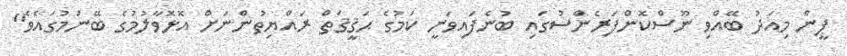
ޕީން މިއަދު ބޭއްވި ނޫސްކޮންފަރެންސުގައި ބުނެފައިވަނީ ކަމުގެ ޙަޤީޤަތް ރައްޔިތުންނަށް އޮޅޮވާލުމުގެ ބޭނުމުގައެވެ"